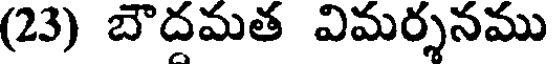
(23) బౌదమత విమర్శనము